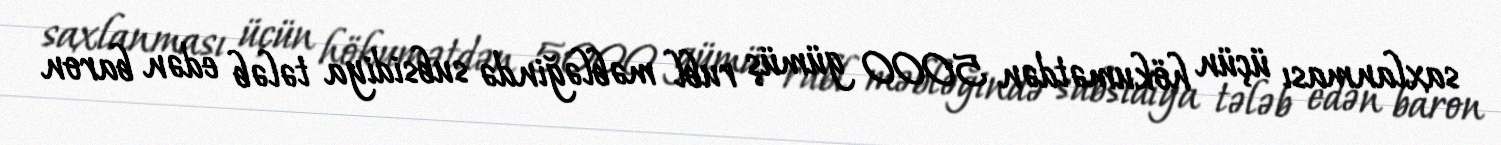
saxlanması üçün hökumətdən 5000 gümüş rubl məbləğində subsidiya tələb edən baron